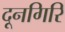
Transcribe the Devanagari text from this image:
दूनगिरि